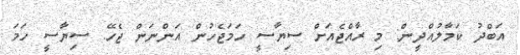
އަބްދު ކަމާލުއްދީން: މި ރާއްޖެއަށް ސިޔާސީ ހަމަޖެހުން އަންނަން ޖެހޭ. ސިޔާސީ ހަމަ